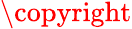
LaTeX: \copyright